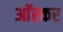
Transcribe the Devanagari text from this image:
आॅस्कर